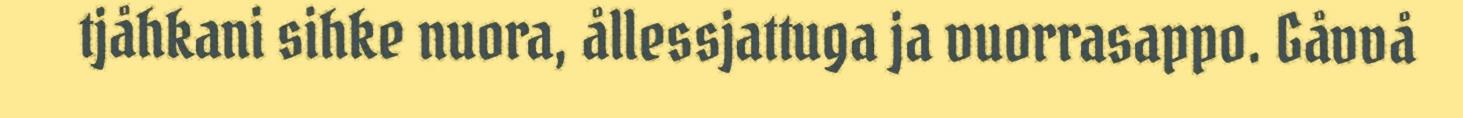
tjåhkani sihke nuora, ållessjattuga ja vuorrasappo. Gåvvå